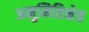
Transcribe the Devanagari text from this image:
अनुमितिक्षेत्र